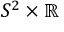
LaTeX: S ^ { 2 } \times \mathbb { R }